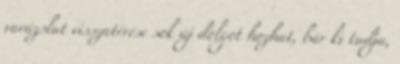
varázslat visszatérése sok új dolgot hozhat, bár ki tudja,